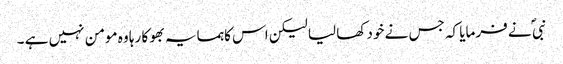
نبی ؐ نے فرمایا کہ جس نے خود کھا لیا لیکن اس کا ہمسایہ بھوکا رہا وہ مومن نہیں ہے ۔